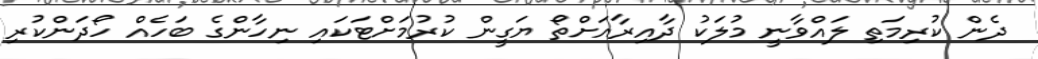
ދެން ކުރިމަތި ލައްވާނީ މުލަކު ދާއިރާއަށްތޯ ޔަގީން ކުރުމަށްޓަކައި ނިހާންގެ ބަހެއް ހޯދަންކުރި